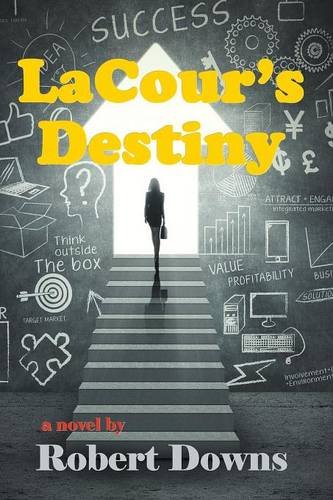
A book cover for LaCour's Destiny; Robert Downs; Mystery, Thriller & Suspense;